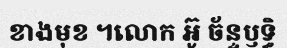
ខាងមុខ ។លោក អ៊ូ ច័ន្ទឫទ្ធិ